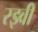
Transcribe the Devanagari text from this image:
रझ्वी